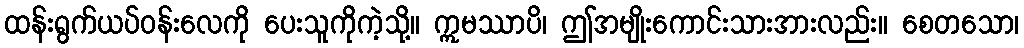
ထန်းရွက်ယပ်ဝန်းလေကို ပေးသူကိုကဲ့သို့။ ဣမဿာပိ၊ ဤအမျိုးကောင်းသားအားလည်း။ စေတသော၊